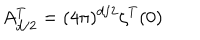
LaTeX: A _ { d / 2 } ^ { T } = ( 4 \pi ) ^ { d / 2 } \zeta ^ { T } ( 0 )